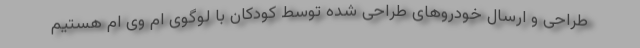
طراحی و ارسال خودروهای طراحی شده توسط کودکان با لوگوی ام وی ام هستیم